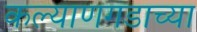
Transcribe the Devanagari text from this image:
कल्याणगडाच्या